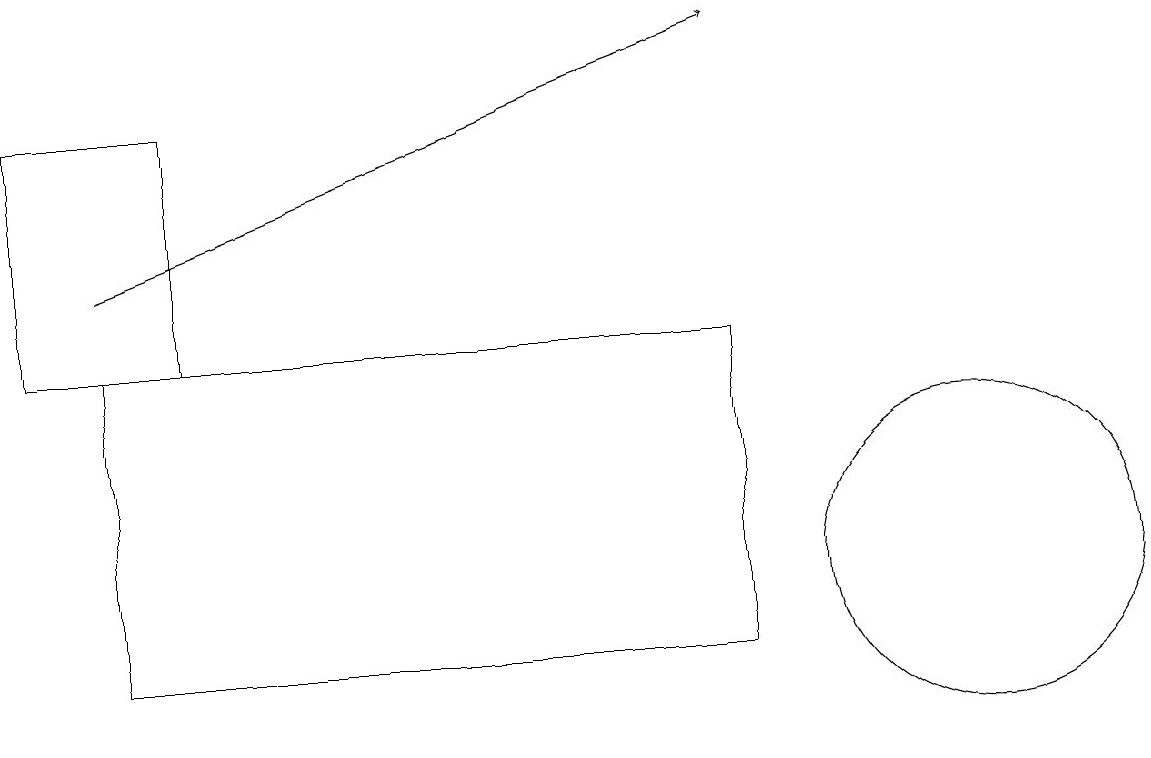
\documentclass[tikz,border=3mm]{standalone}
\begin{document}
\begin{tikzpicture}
\draw (12,11) circle (2);
\draw (2,17) rectangle (0,14);
\draw[->] (1,15) -- (9,18);
\draw (9,10) rectangle (1,14);
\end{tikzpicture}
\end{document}